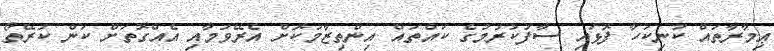
ޢިމާރާތައް ކުނިކަހާ ފޮޅައި ސާފުކުރުމުގެ ކައްތައް އިންތިޒާމުކޮށް އެރޭވުމާއި އެއްގޮތަށް ކަން ކުރޭތޯ